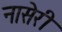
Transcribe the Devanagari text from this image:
नासेरी